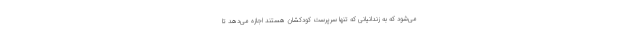
می‌شود که به زندانیانی که تنها سرپرست کودکشان هستند اجازه می‌دهد تا